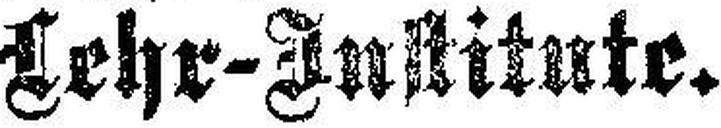
Lehr-Institute.